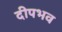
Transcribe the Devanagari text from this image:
दीपभव